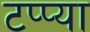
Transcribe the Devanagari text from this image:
टप्प्या